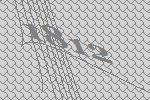
1812